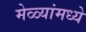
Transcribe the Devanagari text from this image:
मेळ्यांमध्ये